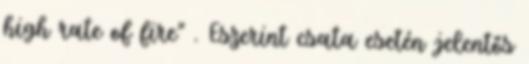
high rate of fire" . Eszerint csata esetén jelentős